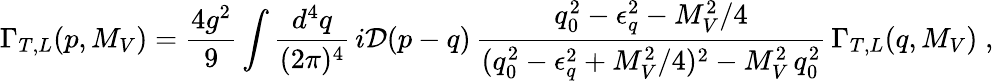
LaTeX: \Gamma_{T,L}(p,M_{V})=\frac{4g^{2}}9\int\frac{d^{4}q}{(2\pi)^{4}}\, i{\cal D}(p-q)\, \frac{q_{0}^{2}-\epsilon_{q}^{2}-M_{V}^{2}/4}{(q_{0}^{2}-\epsilon_{q}^{2}+M_{V}^{2}/4)^{2}-M_{V}^{2}\, q_{0}^{2}}\, \Gamma_{T,L}(q,M_{V})\; ,